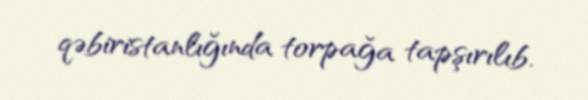
qəbiristanlığında torpağa tapşırılıb.